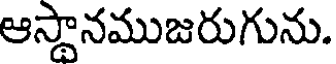
ఆస్థానముజరుగును.